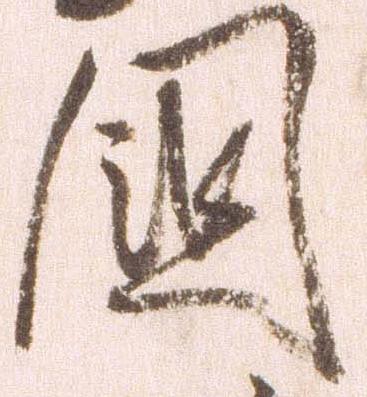
国